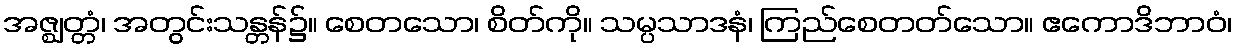
အဇ္ဈတ္တံ၊ အတွင်းသန္တန်၌။ စေတသော၊ စိတ်ကို။ သမ္ပသာဒနံ၊ ကြည်စေတတ်သော။ ဧကောဒိဘာဝံ၊